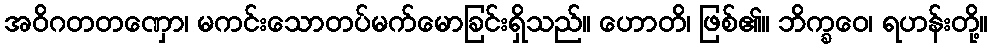
အဝိဂတတဏှော၊ မကင်းသောတပ်မက်မောခြင်းရှိသည်။ ဟောတိ၊ ဖြစ်၏။ ဘိက္ခဝေ၊ ရဟန်းတို့။